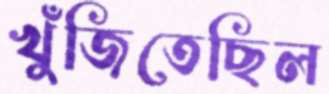
খুঁজিতেছিল